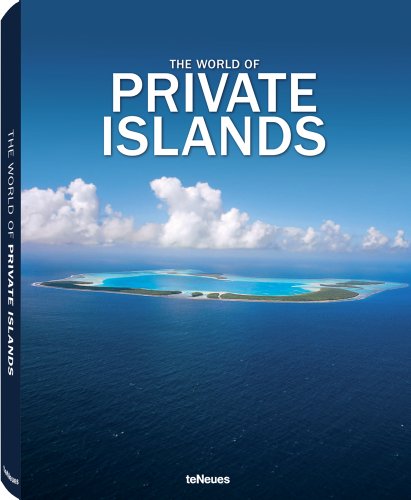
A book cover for The World of Private Islands (English, German, French, Spanish and Italian Edition); Arts & Photography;